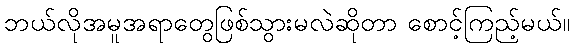
ဘယ်လိုအမူအရာတွေဖြစ်သွားမလဲဆိုတာ စောင့်ကြည့်မယ်။